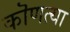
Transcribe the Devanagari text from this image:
कॊणत्या